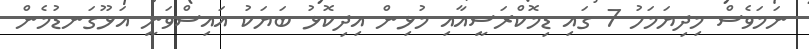
ނަމަވެސް މިދިޔަމަހު 7 ގައި ޑިމޮކްރަސީއާއި މުޅިން އިދިކޮޅު ބަޔަކު އައިސްވަނީ އަޅޫގަނޑުމެން